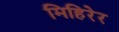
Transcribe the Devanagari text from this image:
मिहिरेर